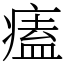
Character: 𤸱